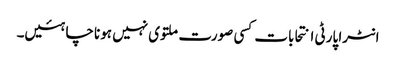
انٹرا پارٹی انتحابات کسی صورت ملتوی نہیں ہونا چاہئیں۔